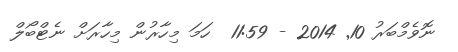
ނޮވެމްބަރު 10